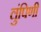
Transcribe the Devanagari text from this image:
लुंपिणी